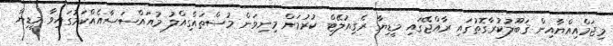
މިޖަމްއިއްޔާއިން ޤަބޫލުކުރާގޮތުގައި ރާއްޖޭގައި މީޑިޔާ ރެގިއުލޭޓް ކުރުމަށް މިނިވަން މުސްތައްގިއްލު މުއައްސަސާއެއްކަމުގައިވާ މީޑިޔާ